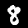
Digit: 8